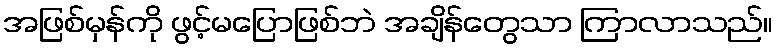
အဖြစ်မှန်ကို ဖွင့်မပြောဖြစ်ဘဲ အချိန်တွေသာ ကြာလာသည်။